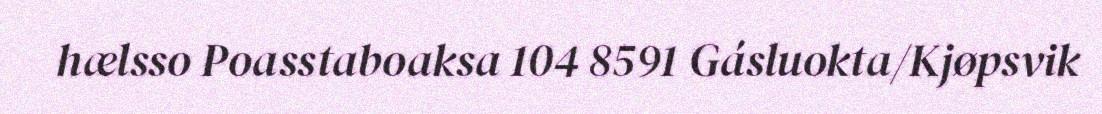
hælsso Poasstaboaksa 104 8591 Gásluokta/Kjøpsvik